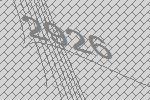
2926